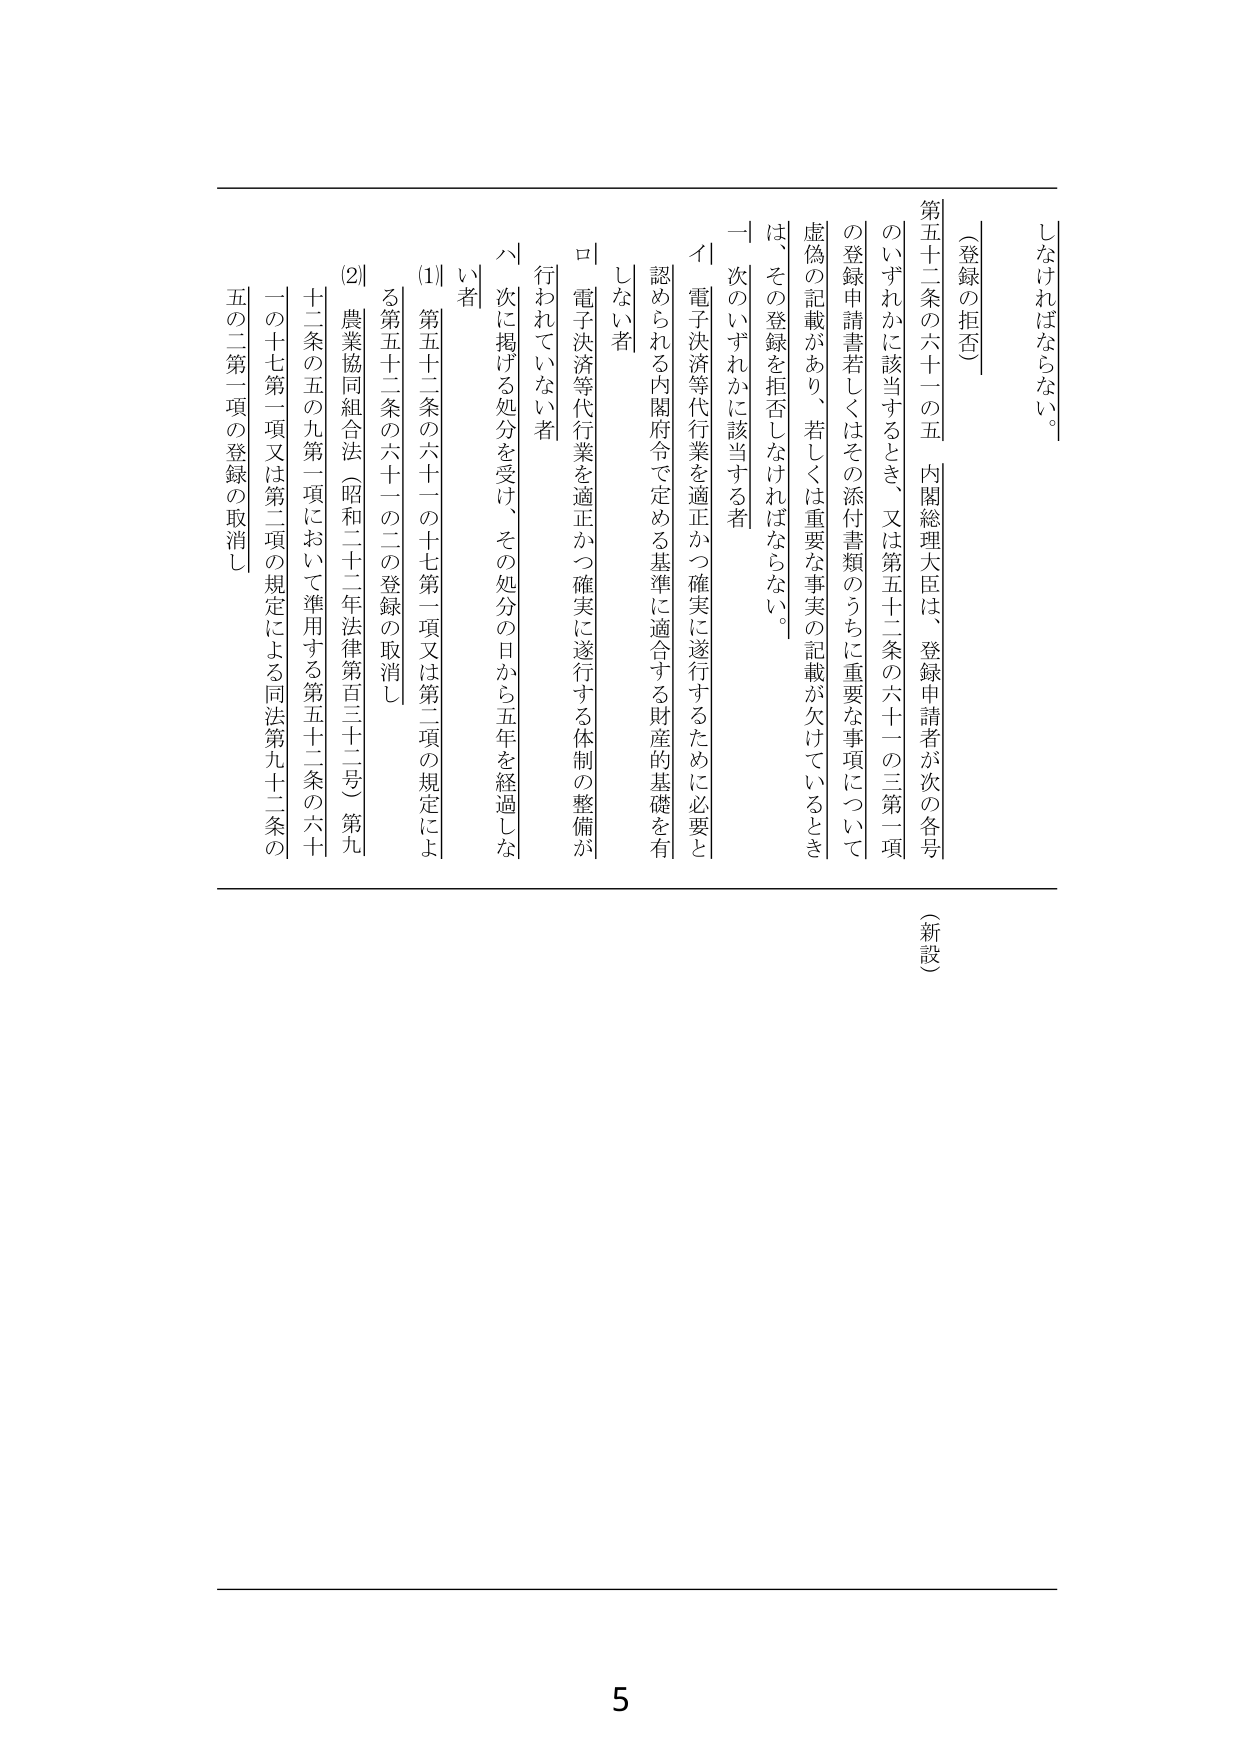
（登録の拒否）

第五十二条の六十一の五　内閣総理大臣は、登録申請者が次の各号のいずれかに該当するとき、又は第五十二条の六十一の三第一項の登録申請書若しくはその添付書類のうちに重要な事項について虚偽の記載があり、若しくは重要な事実の記載が欠けているときは、その登録を拒否しなければならない。

一　次のいずれかに該当する者

イ　電子決済等代行業を適正かつ確実に遂行するために必要と認められる内閣府令で定める基準に適合する財産的基礎を有しない者

ロ　電子決済等代行業を適正かつ確実に遂行する体制の整備が行われていない者

ハ　次に掲げる処分を受け、その処分の日から五年を経過しない者

(1)　第五十二条の六十一の二十七第一項又は第二項の規定による第五十二条の六十一の二の登録の取消し

(2)　農業協同組合法（昭和二十二年法律第百三十二号）第九十二条の五の九第一項において準用する第五十二条の六十一の二十七第一項又は第二項の規定による同法第九十二条の五の二第一項の登録の取消し

（新設）

しなければならない。

5